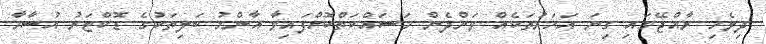
ދިވެހި ރާއްޖޭގައި ގިނަ އަހަރުތަކެއް ވަންދެން މަސައްކަތްކޮށްފައިވާ އާންމު ބަލިތަކުގެ ޑޮކްޓަރު އުސާމާ